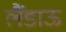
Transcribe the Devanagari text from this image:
लैंडाऊ